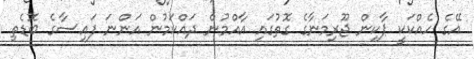
އޭގެ ހެއްކަކީ ޕާކިން ޖޫރިމަނާގެ ގޮތުގައި އާއްމުން ދައްކަމުން އަންނަ ފައިސާގެ ބޮޑެތި